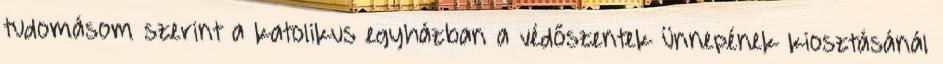
tudomásom szerint a katolikus egyházban a védőszentek ünnepének kiosztásánál